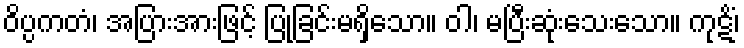
ဝိပ္ပကတံ၊ အပြားအားဖြင့် ပြုခြင်းမရှိသော။ ဝါ၊ မပြီးဆုံးသေးသော။ ကုဋိံ၊